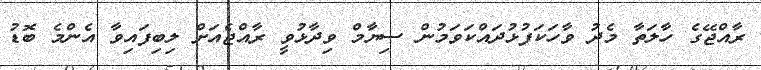
ރާއްޖޭގެ ހާލަތާ މެދު ވާހަކަފުޅުދައްކަވަމުން ސިޔާމް ވިދާޅުވީ ރާއްޖެއަށް ލިބިފައިވާ އެންމެ ބޮޑު